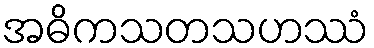
အဓိကသတသဟဿံ